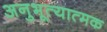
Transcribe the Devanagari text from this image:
अनुभूत्यात्मक